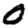
Digit: 0